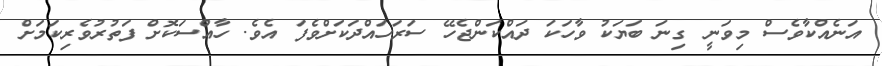
އަނެއްކާވެސް މިވަނީ ގިނަ ބަޔަކު ވާހަކަ ދައްކަންޖެހޭ ސަރަހައްދަކަށްވެފަ އެވެ. ހާއްސަކޮށް ފަތުރުވެރިކަމަށް